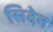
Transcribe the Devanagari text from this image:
सिदेन